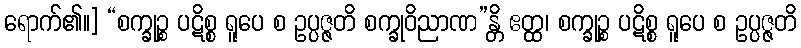
ရောက်၏။] “စက္ခုဉ္စ ပဋိစ္စ ရူပေ စ ဥပ္ပဇ္ဇတိ စက္ခုဝိညာဏ”န္တိ ဧတ္ထ၊ စက္ခုဉ္စ ပဋိစ္စ ရူပေ စ ဥပ္ပဇ္ဇတိ